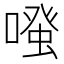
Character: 𠽟